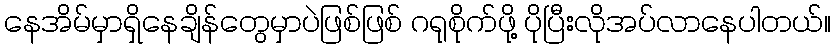
နေအိမ်မှာရှိနေချိန်တွေမှာပဲဖြစ်ဖြစ် ဂရုစိုက်ဖို့ ပိုပြီးလိုအပ်လာနေပါတယ်။